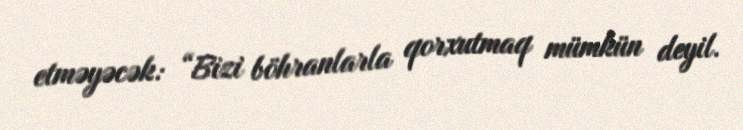
etməyəcək: “Bizi böhranlarla qorxutmaq mümkün deyil.